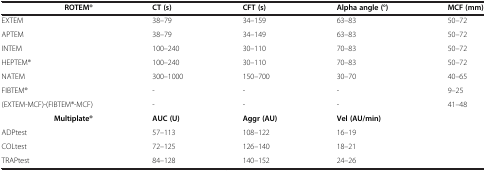
<table><thead><tr><td><b>ROTEM®</b></td><td><b>CT (s)</b></td><td><b>CFT (s)</b></td><td><b>Alpha angle (°)</b></td><td><b>MCF (mm)</b></td></tr></thead><tbody><tr><td>EXTEM</td><td>38–79</td><td>34–159</td><td>63–83</td><td>50–72</td></tr><tr><td>APTEM</td><td>38–79</td><td>34–149</td><td>63–83</td><td>50–72</td></tr><tr><td>INTEM</td><td>100–240</td><td>30–110</td><td>70–83</td><td>50–72</td></tr><tr><td>HEPTEM®</td><td>100–240</td><td>30–110</td><td>70–83</td><td>50–72</td></tr><tr><td>NATEM</td><td>300–1000</td><td>150–700</td><td>30–70</td><td>40–65</td></tr><tr><td>FIBTEM®</td><td>-</td><td>-</td><td>-</td><td>9–25</td></tr><tr><td>(EXTEM-MCF)-(FIBTEM®-MCF)</td><td>-</td><td>-</td><td>-</td><td>41–48</td></tr><tr><td><b>Multiplate®</b></td><td><b>AUC (U)</b></td><td><b>Aggr (AU)</b></td><td><b>Vel (AU/min)</b></td><td> </td></tr><tr><td>ADPtest</td><td>57–113</td><td>108–122</td><td>16–19</td><td> </td></tr><tr><td>COLtest</td><td>72–125</td><td>126–140</td><td>18–21</td><td> </td></tr><tr><td>TRAPtest</td><td>84–128</td><td>140–152</td><td>24–26</td><td> </td></tr></tbody></table>